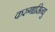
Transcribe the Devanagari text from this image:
करुणासिन्धु